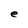
Character: e